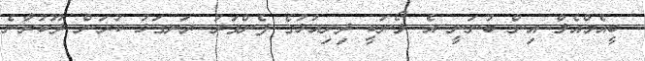
ބީއެމްއެލް އިން ބުނަނީ އެ ލޯނަކީ ދިރިއުޅުގެ ފެންވަރު ރަނގަޅު ކުރަން ދޫކުރާނެ